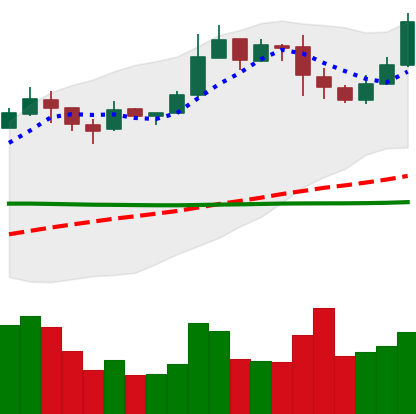
Ticker: BNB-USD
Chart end date: 2019-03-01
Forward return: 27.426%
Label: up_7plus